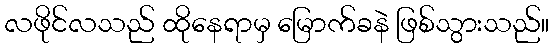
လဖိုင်လသည် ထိုနေရာမှ မြောက်ခနဲ ဖြစ်သွားသည်။